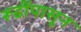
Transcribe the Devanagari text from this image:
रूढींपासून